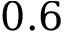
0 . 6